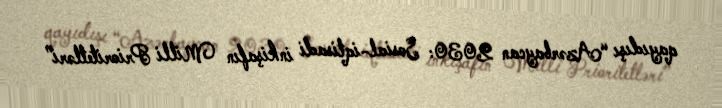
qayıdışı “Azərbaycan 2030: Sosial-iqtisadi inkişafın Milli Prioritetləri”